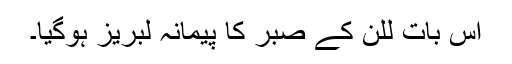
اس بات للن کے صبر کا پیمانہ لبریز ہوگیا۔